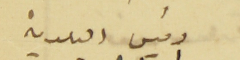
رئيس البلدية